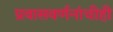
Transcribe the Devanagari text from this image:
प्रवासवर्णनांचीही